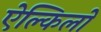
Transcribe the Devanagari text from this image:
ऐल्किलों